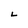
Character: L